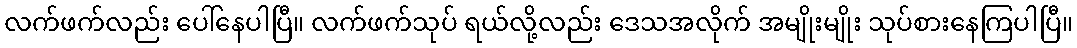
လက်ဖက်လည်း ပေါ်နေပါပြီ။ လက်ဖက်သုပ် ရယ်လို့လည်း ဒေသအလိုက် အမျိုးမျိုး သုပ်စားနေကြပါပြီ။